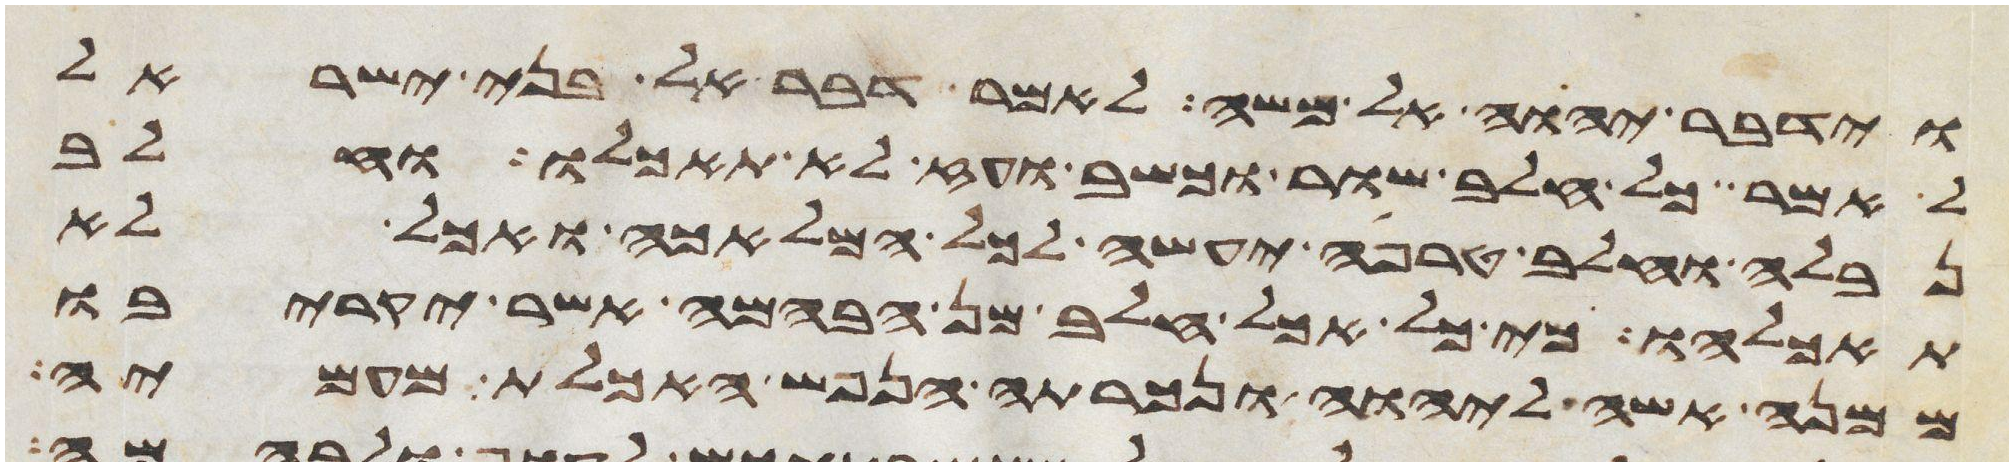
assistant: וידבר יהוה אל משה לאמר דבר אל בני ישראל
לאמר כל חלב שור וכשב ועז לא תאכלו וחלב
נבלה וחלב טרפה יעשה לכל המלאכה ואכל לא
תאכלהו כי כל אכל חלב מן הבהמה אשר יקריבו
ממנה אשה ליהוה ונכרתה הנפש האכלת מעמיה